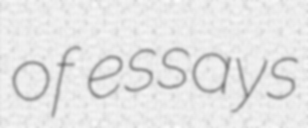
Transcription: of essays